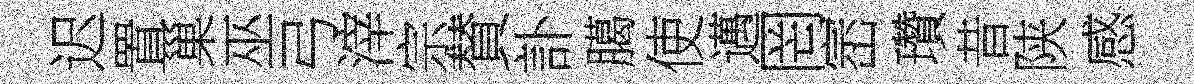
迟置巢巫弓滓宗賛訃臈使邁罔崈瓚昔陕感